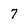
Character: 7